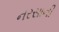
નરસાની